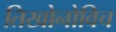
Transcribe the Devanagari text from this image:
तिखोनोविच